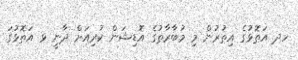
ހދ އަތޮޅުގެ އިތުރުން މި މުބާރާތުގެ އޮޑިޝަން ކުރިއަށް ދާނީ ޅ އަތޮޅުގަ